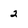
Character: 2